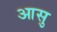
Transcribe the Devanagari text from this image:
आसु